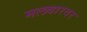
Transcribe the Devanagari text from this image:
मलबारवर